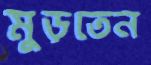
মুড়তেন